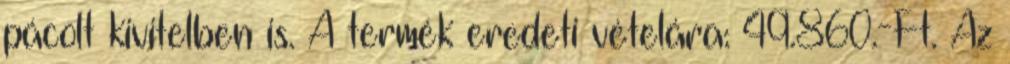
pácolt kivitelben is. A termék eredeti vételára: 49.860.-Ft. Az